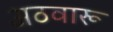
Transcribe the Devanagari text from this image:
अठवारू